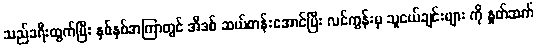
သည်ခရီးထွက်ပြီး နှစ်နှစ်အကြာတွင် အီဒစ် ဆယ်တန်းအောင်ပြီး လင်ကွန်းမှ သူငယ်ချင်းများ ကို နှုတ်ဆက်